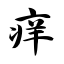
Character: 痒